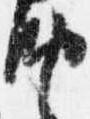
納